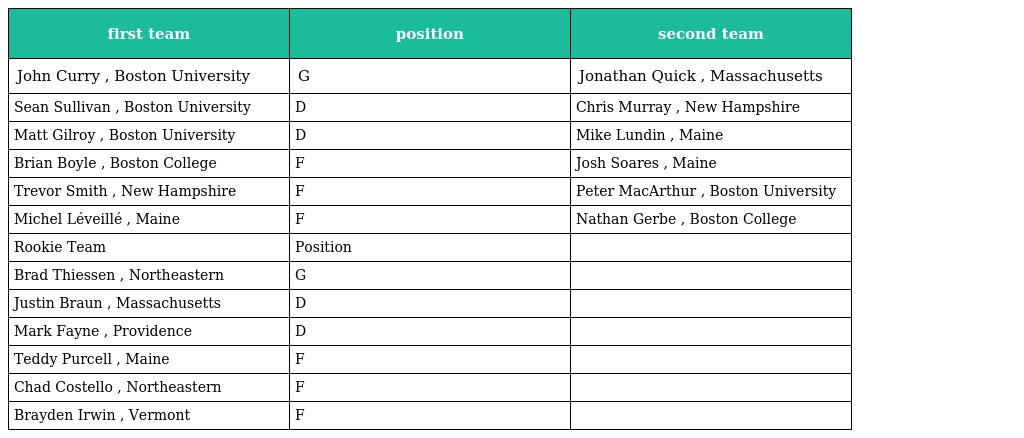
| first team | position | second team |
 | --- | --- | --- |
 | John Curry , Boston University | G | Jonathan Quick , Massachusetts |
 | Sean Sullivan , Boston University | D | Chris Murray , New Hampshire |
 | Matt Gilroy , Boston University | D | Mike Lundin , Maine |
 | Brian Boyle , Boston College | F | Josh Soares , Maine |
 | Trevor Smith , New Hampshire | F | Peter MacArthur , Boston University |
 | Michel Léveillé , Maine | F | Nathan Gerbe , Boston College |
 | Rookie Team | Position |  |
 | Brad Thiessen , Northeastern | G |  |
 | Justin Braun , Massachusetts | D |  |
 | Mark Fayne , Providence | D |  |
 | Teddy Purcell , Maine | F |  |
 | Chad Costello , Northeastern | F |  |
 | Brayden Irwin , Vermont | F |  |